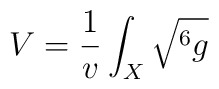
V=\frac{1}{v}\int_X\sqrt{^6g}